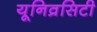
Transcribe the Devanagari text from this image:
यूनिव्रसिटी